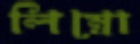
লিম্বো